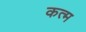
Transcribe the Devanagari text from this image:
कत्म